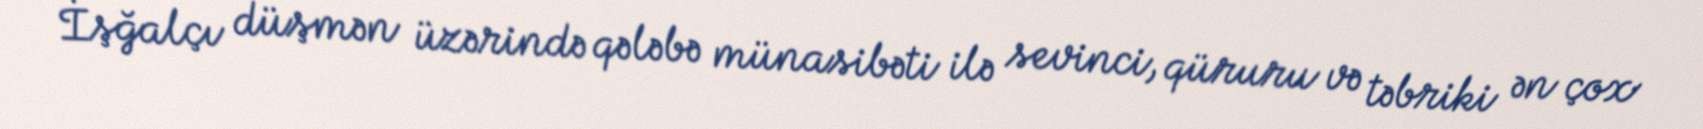
İşğalçı düşmən üzərində qələbə münasibəti ilə sevinci, qüruru və təbriki ən çox